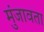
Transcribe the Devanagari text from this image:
मुंजावता